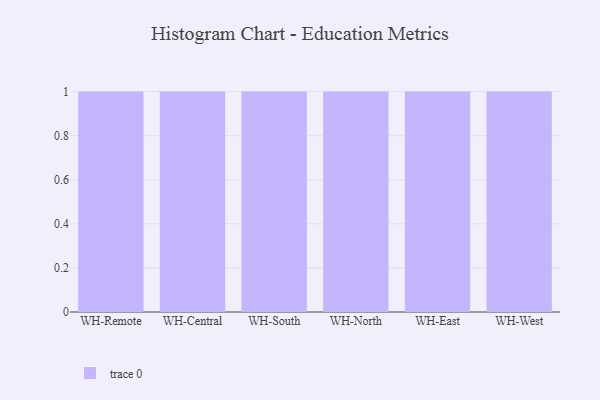
{"axis": {"x": "Warehouse", "y": "Gross Profit (USD K)"}, "legend": [""], "data": [{"x": "WH-Remote", "y": 35, "type": ""}, {"x": "WH-Central", "y": 96, "type": ""}, {"x": "WH-South", "y": 57, "type": ""}, {"x": "WH-North", "y": 41, "type": ""}, {"x": "WH-East", "y": 94, "type": ""}, {"x": "WH-West", "y": 82, "type": ""}]}